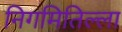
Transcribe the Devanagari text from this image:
निगमितिल्ला